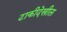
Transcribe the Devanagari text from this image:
टाकीदेखील